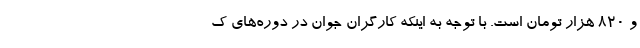
و ۸۲۰ هزار تومان است. با توجه به اینکه کارگران جوان در دوره‌های ک